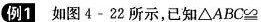
例1如图4-22所示，已知$$△ABC≌